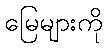
မြေများကို